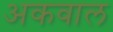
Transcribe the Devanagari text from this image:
अकवाल